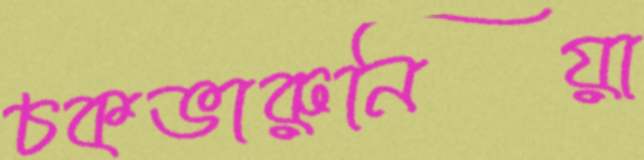
চকভারুনিয়া